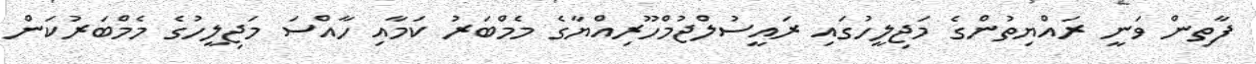
ފާތިން ވަނީ ރައްޔިތުންގެ މަޖިލީހުގައި ރައީސުލްޖުމްހޫރިއްޔާގެ މެމްބަރު ކަމާއި ހާއްސަ މަޖިލީހުގެ މެމްބަރުކަން